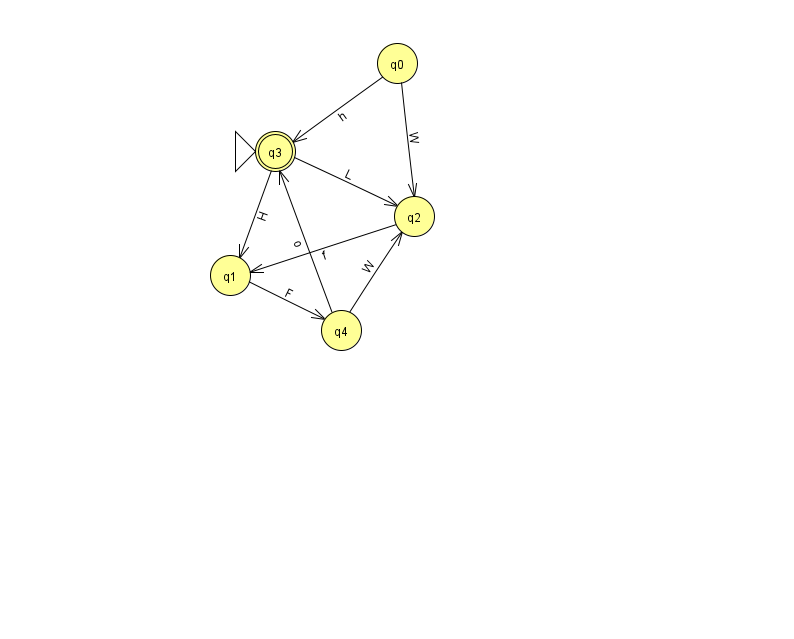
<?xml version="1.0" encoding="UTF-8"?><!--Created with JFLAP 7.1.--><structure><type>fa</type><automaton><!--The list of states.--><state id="0" name="q0"><x>397.0</x><y>50.0</y></state><state id="1" name="q1"><x>230.0</x><y>262.0</y></state><state id="2" name="q2"><x>414.0</x><y>203.0</y></state><state id="3" name="q3"><x>275.0</x><y>138.0</y><initial/><final/></state><state id="4" name="q4"><x>341.0</x><y>317.0</y></state><!--The list of transitions.--><transition><from>3</from><to>1</to><read>H</read></transition><transition><from>0</from><to>3</to><read>h</read></transition><transition><from>4</from><to>2</to><read>W</read></transition><transition><from>1</from><to>4</to><read>F</read></transition><transition><from>2</from><to>1</to><read>f</read></transition><transition><from>3</from><to>2</to><read>L</read></transition><transition><from>4</from><to>3</to><read>o</read></transition><transition><from>0</from><to>2</to><read>W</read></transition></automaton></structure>